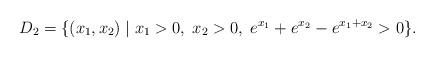
LaTeX: \begin{align*}D_2=\{(x_1, x_2) \;|\; x_1>0, \;x_2>0,\; e^{x_1}+e^{x_2}-e^{x_1+x_2}>0\}.\end{align*}